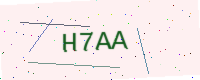
Text: H7AA